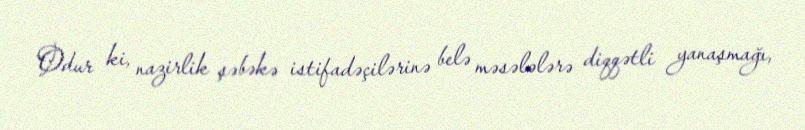
Odur ki, nazirlik şəbəkə istifadəçilərinə belə məsələlərə diqqətli yanaşmağı,